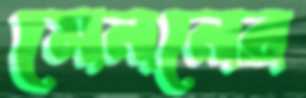
মেননের